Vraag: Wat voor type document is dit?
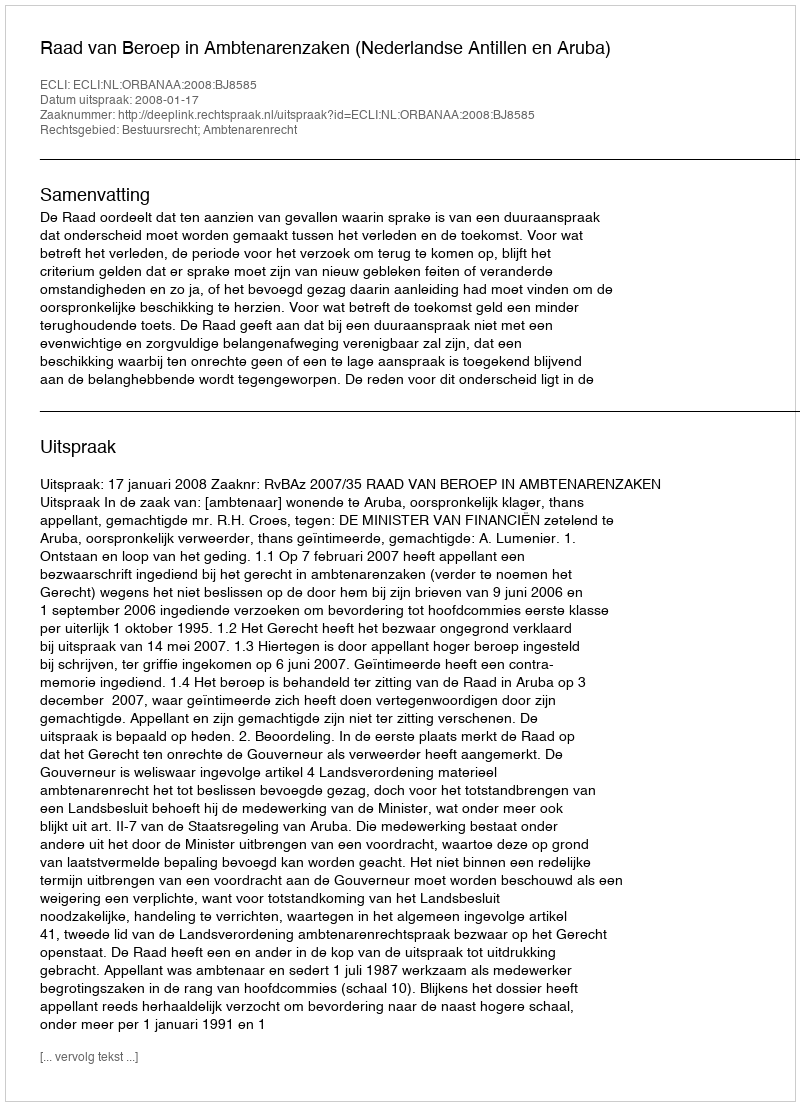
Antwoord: Uitspraak